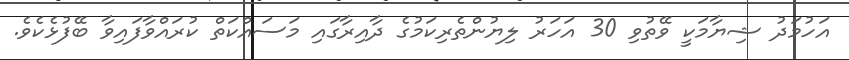
އަހުމަދު ޝިޔާމަކީ ވޭތުވި 30 އަހަރު ލިޔުންތެރިކަމުގެ ދާއިރާގައި މަސައްކަތް ކުރައްވާފައިވާ ބޭފުޅެކެވެ.